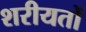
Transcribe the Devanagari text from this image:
शरीयतों